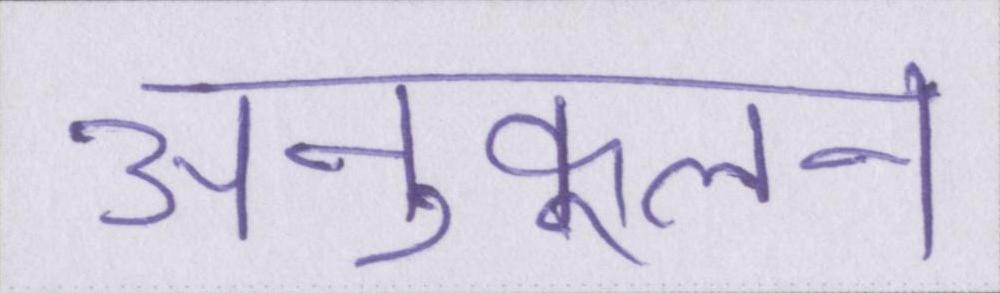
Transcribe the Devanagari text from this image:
अनुकूलन